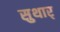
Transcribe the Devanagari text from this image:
सुथार्